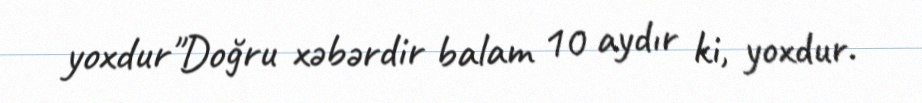
yoxdur"Doğru xəbərdir balam 10 aydır ki, yoxdur.